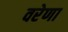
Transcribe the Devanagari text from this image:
वरेणा